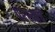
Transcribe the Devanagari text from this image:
परश्याचे